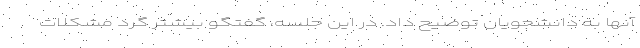
آنها به دانشجویان توضیح داد. در این جلسه، گفتگو بیشتر گرد مشکلات